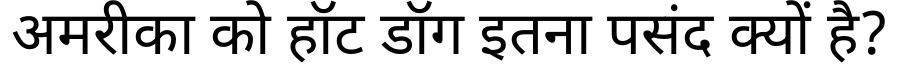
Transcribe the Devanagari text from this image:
अमरीका को हॉट डॉग इतना पसंद क्यों है?